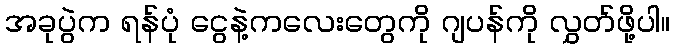
အခုပွဲက ရန်ပုံ ငွေနဲ့ကလေးတွေကို ဂျပန်ကို လွှတ်ဖို့ပါ။